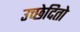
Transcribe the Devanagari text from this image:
उच्छेदितो